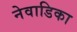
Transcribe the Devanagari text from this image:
नेवाडिका